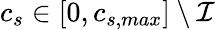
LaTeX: c_{s}\in[0,c_{s,max}]\: \backslash\: {\mathcal{I}}